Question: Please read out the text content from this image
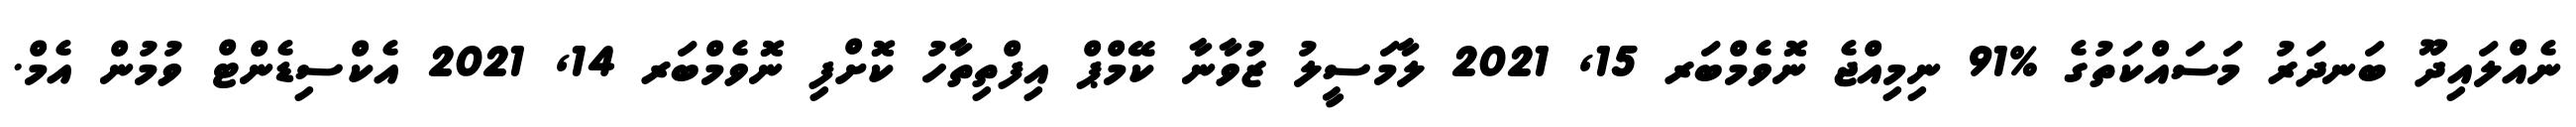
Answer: ނެއްލައިދޫ ބަނދަރު މަސައްކަތުގެ %91 ނިމިއްޖެ ނޮވެމްބަރ 15, 2021 ލާމަސީލު ޒުވާނާ ކޭމްޕް އިފްތިތާހު ކޮށްފި ނޮވެމްބަރ 14, 2021 އެކްސިޑެންޓް ވުމުން އެމް.